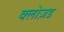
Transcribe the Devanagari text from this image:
क्लोज़ड